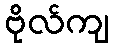
ဗိုလ်ကျ